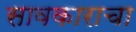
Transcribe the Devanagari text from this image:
सावकाराचा